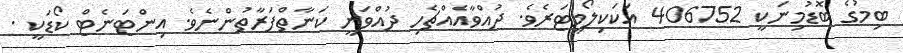
ބިމުގެ ބޮޑުމިނަކީ 406752 އަކަކިލޯމީޓަރެވެ. ދުއްވާއެއްޗެހި ދުއްވަނީ ކަނާތްފަރާތުންނެވެ. އިންޓަނެޓް ކޯޑަކީ .